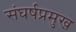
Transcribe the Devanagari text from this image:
संघर्षप्रमुख